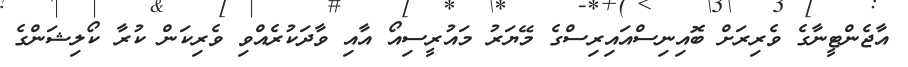
އާޖެންޓީނާގެ ވެރިރަށް ބޮއިނިސްއައިރިސްގެ މޭޔަރު މައުރީސިއޯ އާއި ވާދަކުރެއްވި ވެރިކަން ކުރާ ކޯލިޝަންގެ